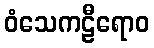
ဝံသေကဠီရောဝ